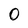
Character: 0